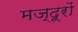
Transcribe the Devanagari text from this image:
मज्दूरों